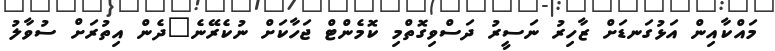
މައްކާއިން އަޅުގަނޑަށް ޒާހިރު ނަސީރު ދަސްވިގޮތްމި ކޮމެންޓް ޖަހާކަށް ނުކެރޭނެ"ދެން އިތުރަށް ސުވާލު